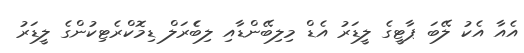
އެއާ އެކު ލޭބަ ޕާޓީގެ ލީޑަރު އެޑް މިލިބޭންޑާއި ލިބެެރަލް ޑިމޮކްރެޓިކުންގެ ލީޑަރު